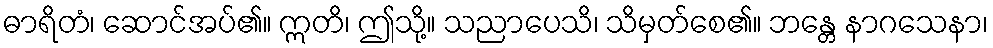
ဓာရိတံ၊ ဆောင်အပ်၏။ ဣတိ၊ ဤသို့။ သညာပေသိ၊ သိမှတ်စေ၏။ ဘန္တေ နာဂသေနာ၊